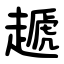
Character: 䞾